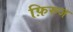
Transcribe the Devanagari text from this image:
फ़िरुज